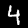
Label: 4